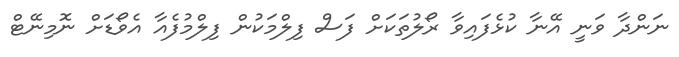
ނަންދާ ވަނީ އޭނާ ކުޅެފައިވާ ރޯލުތަކަށް ފަސް ފިލްމަކުން ފިލްމުފެއާ އެވޯޑަށް ނޮމިނޭޓް